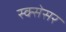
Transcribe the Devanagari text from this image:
स्क्सेसर